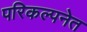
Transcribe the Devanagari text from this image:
परिकल्पनेत